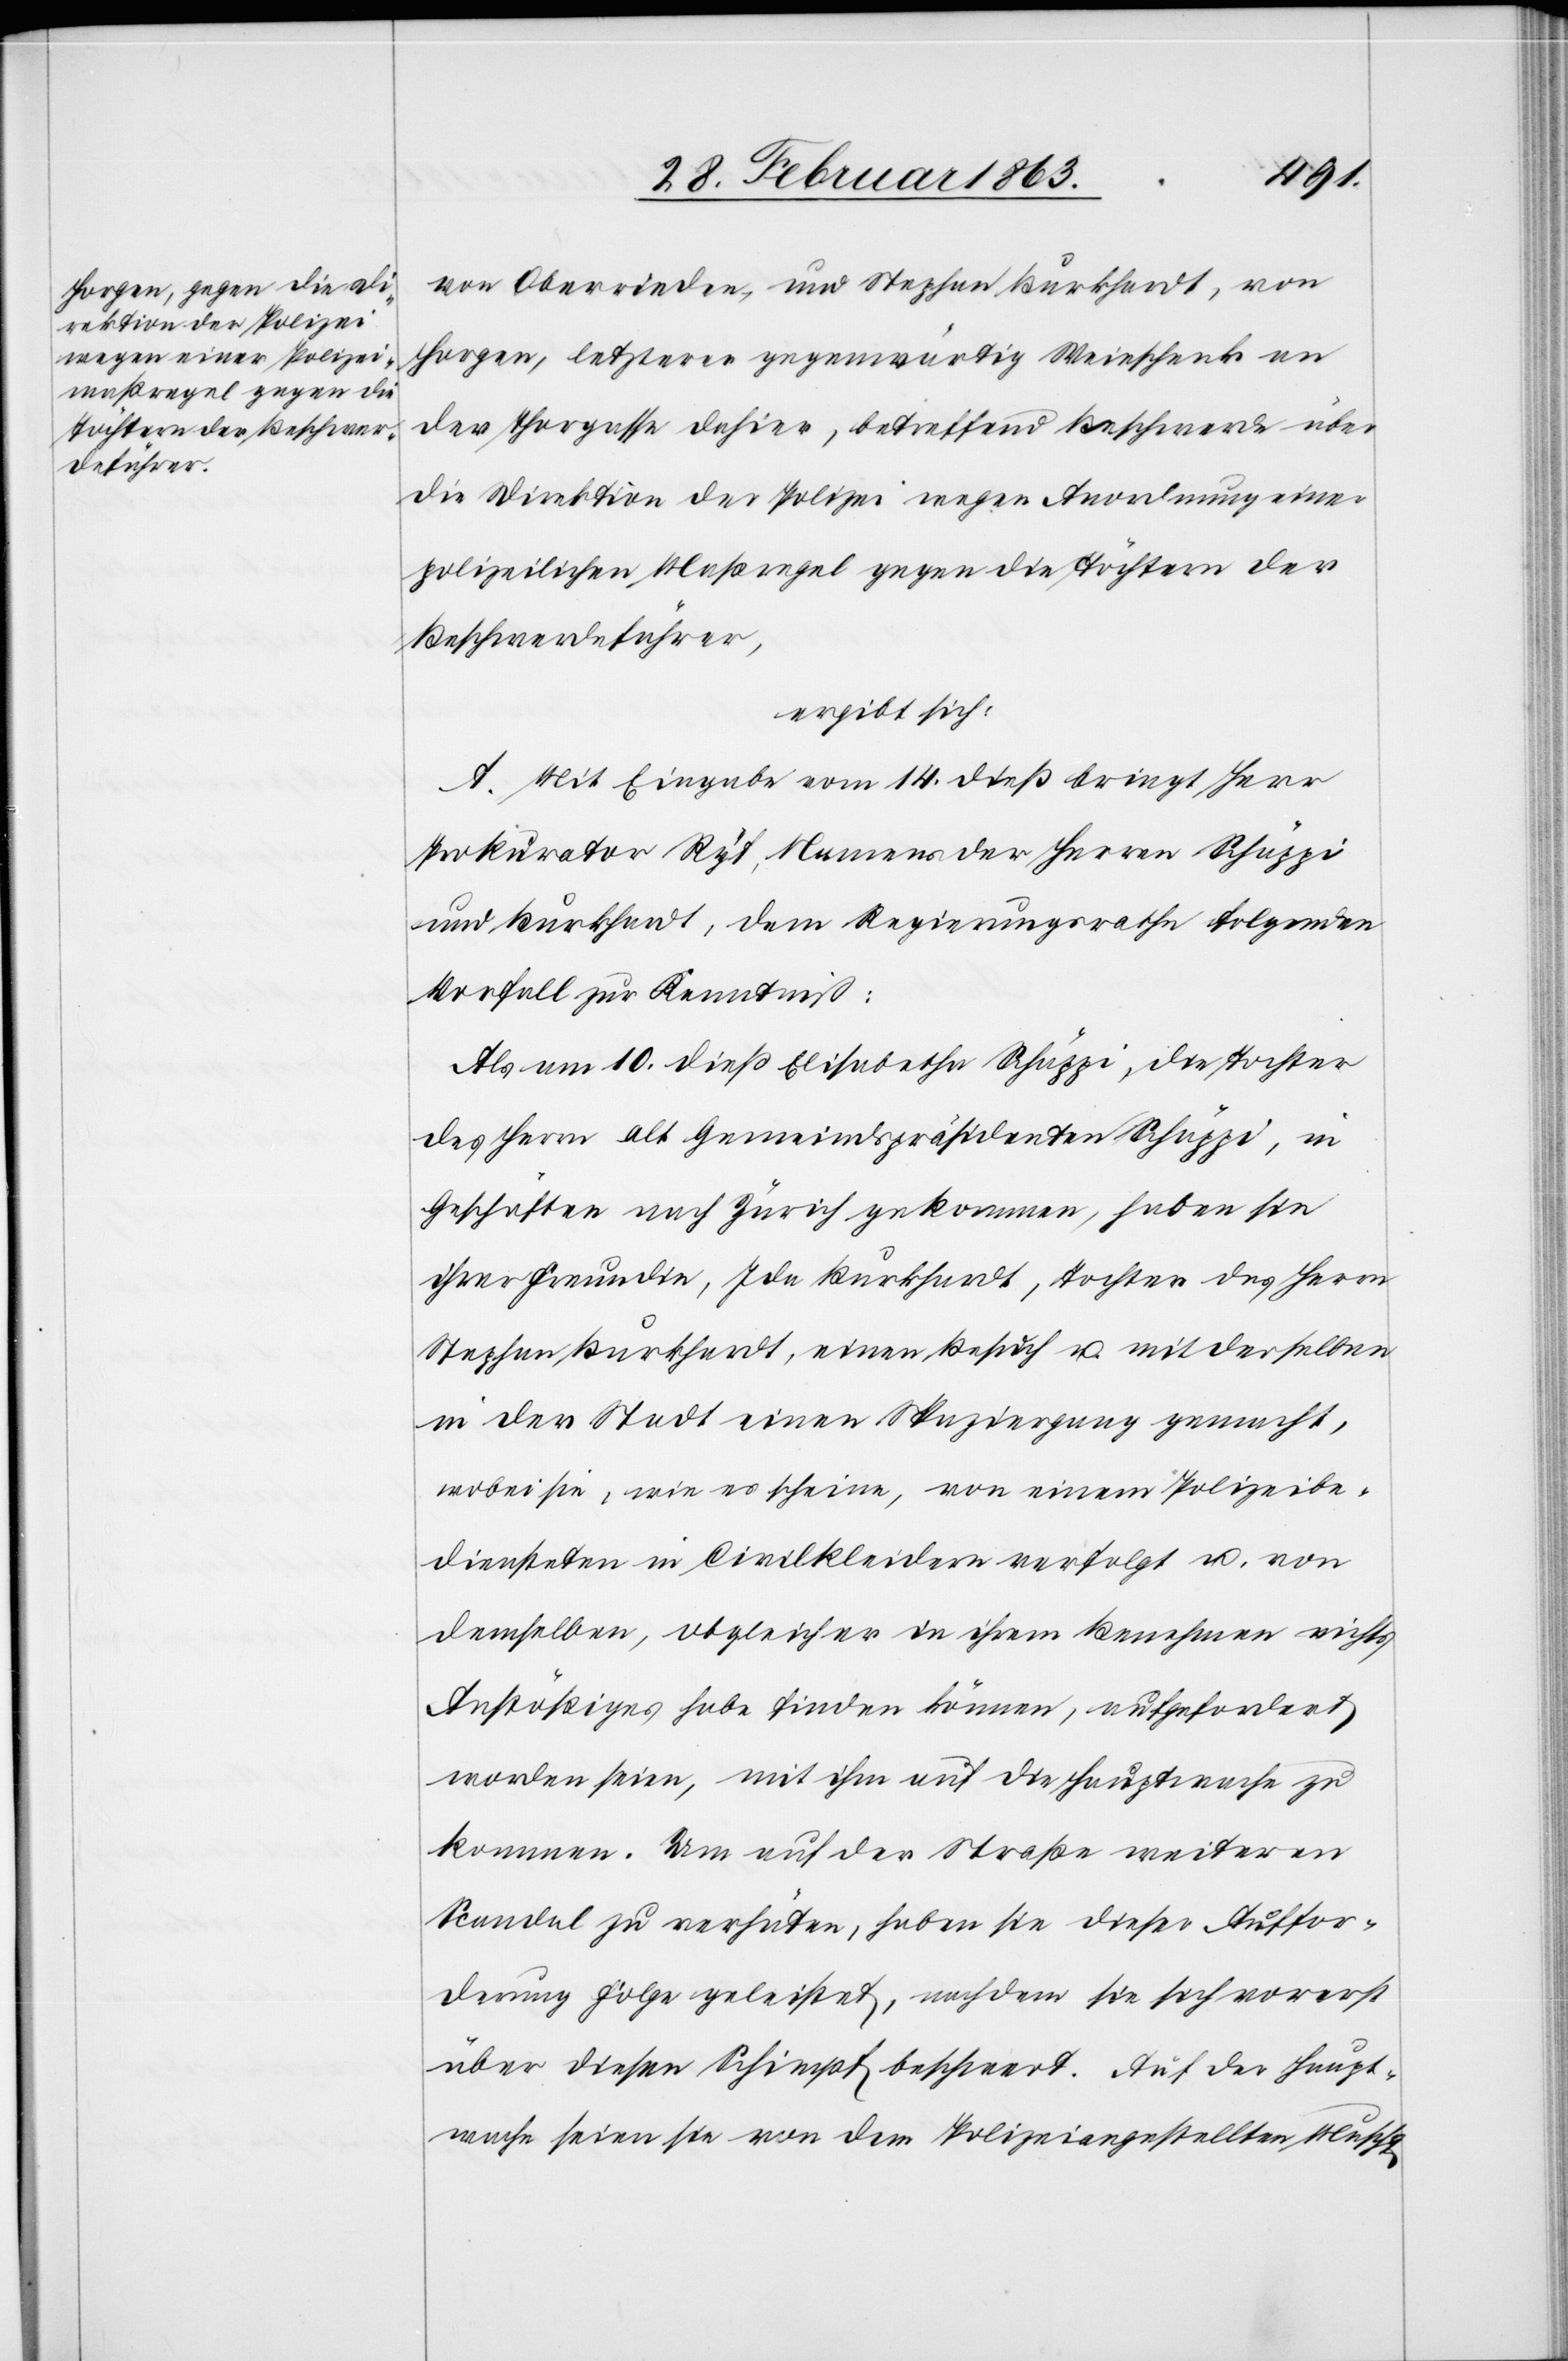
von Oberrieden, und Stephan Burkhardt, von
Horgen, letzterer gegenwärtig Weinschenk an
der Thorgasse dahier, betreffend Beschwerde über
die Direktion der Polizei wegen Anordnung einer
polizeilichen Maßregel gegen die Töchtern der
Beschwerdeführer,
ergibt sich:
A. Mit Eingabe vom 14. dieß bringt Herr
Prokurator Ryf, Namens der Herren Schäppi
und Burkhardt, dem Regierungsrathe folgenden
Vorfall zur Kenntniß:
Als am 10. dieß Elisabetha Schäppi, die Tochter
des Herrn alt Gemeindspräsidenten Schäppi, in
Geschäften nach Zürich gekommen, haben [sic!]
ihrer Freundin, Ida Burkhardt, Tochter des Herrn
Stephan Burkhardt, einen Besuch u. mit derselben
in der Stadt einen Spaziergang gemacht,
wobei sie, wie es scheine, von einem Polizeibe¬
diensteten in Civilkleidern verfolgt u. von
demselben, obgleich er in ihrem Benehmen nichts
Anstößiges habe finden können, aufgefordert
worden seien, mit ihm auf die Hauptwache zu
kommen. Um auf der Straße weiteren
Scandal zu verhüten, haben sie dieser Auffor¬
derung Folge geleistet, nachdem sie sich vorerst
über diesen Schimpf beschwert. Auf der Haupt¬
wache seien sie von dem Polizeiangestellten Muschg